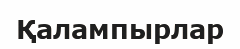
Қалампырлар